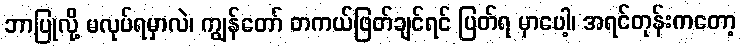
ဘာပြုလို့ မလုပ်ရမှာလဲ၊ ကျွန်တော် တကယ်ဖြတ်ချင်ရင် ပြတ်ရ မှာပေါ့၊ အရင်တုန်းကတော့